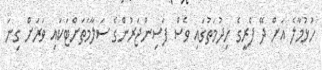
ހުޅުމާލެ އަށް ދޭ ފެރީގެ ހިދުމަތުގައި ވެސް ފަސިންޖަރުންގެ ސަލާމަތަށްޓަކައި ވަރަށް ގިނަ